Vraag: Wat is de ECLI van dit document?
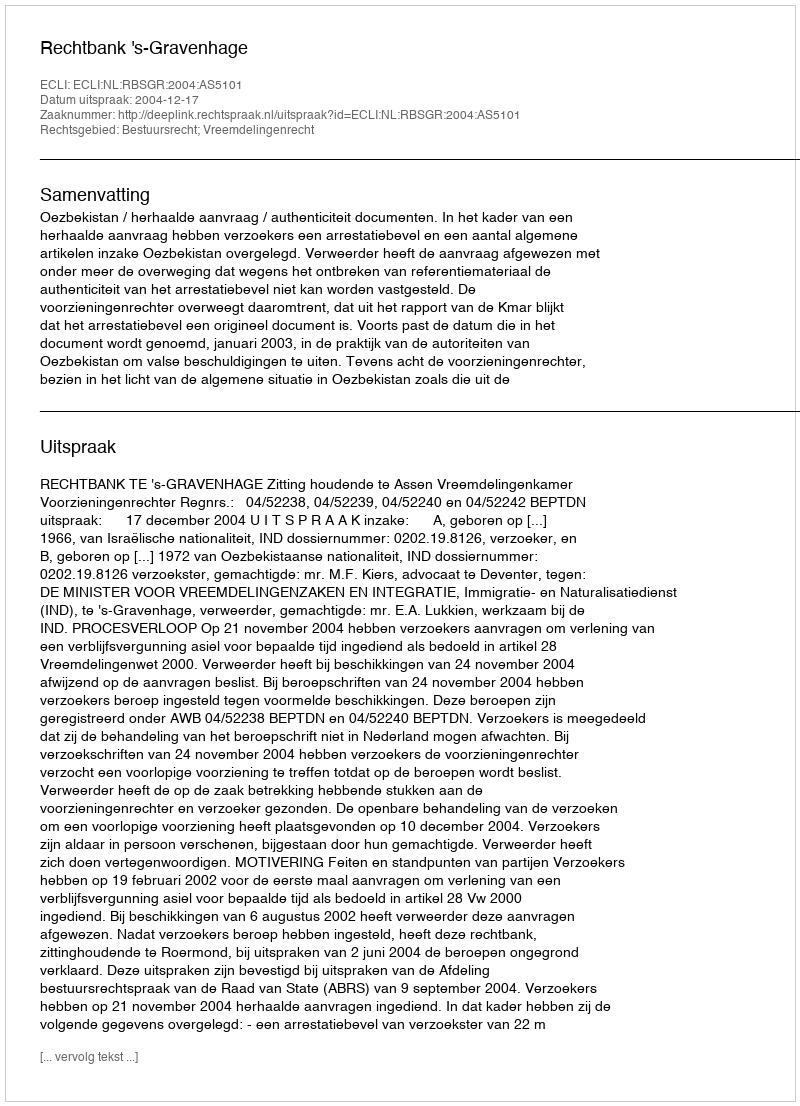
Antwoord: ECLI:NL:RBSGR:2004:AS5101